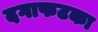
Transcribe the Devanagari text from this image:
दगाफटका